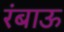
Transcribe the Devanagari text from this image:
रंबाऊ